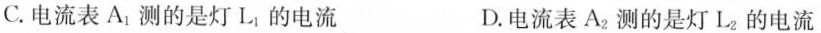
C.电流表A_{1}测的是灯L_{1}的电流 D.电流表A_{2}测的是灯L_{2}的电流